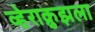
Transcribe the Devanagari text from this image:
व्हेराक्रुझला